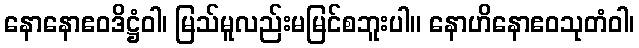
နောနောဧဝဒိဋ္ဌံဝါ၊ မြသ်မူလည်းမမြင်စဘူးပါ။ နောဟိနောဧဝသုတံဝါ၊